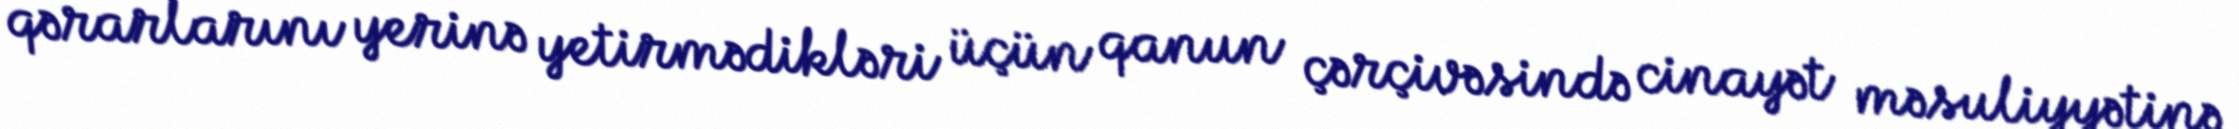
qərarlarını yerinə yetirmədikləri üçün qanun çərçivəsində cinayət məsuliyyətinə